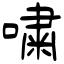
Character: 嘨